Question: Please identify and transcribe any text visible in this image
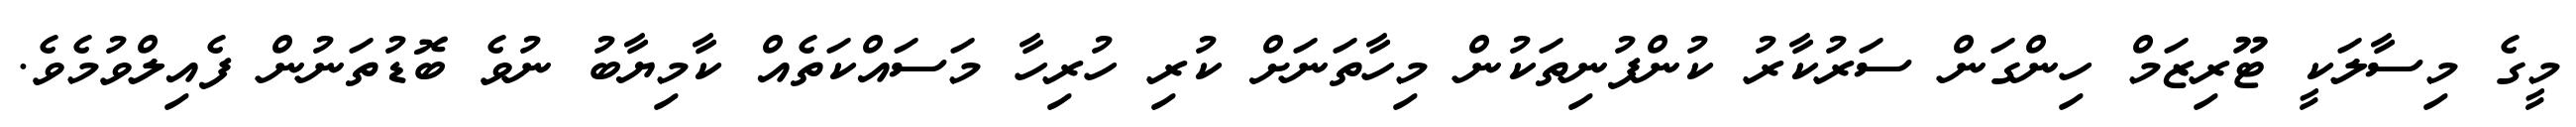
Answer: މީގެ މިސާލަކީ ޓޫރިޒަމް ހިންގަން ސަރުކާރު ކުންފުނިތަކުން މިހާތަނަށް ކުރި ހުރިހާ މަސައްކަތެއް ކާމިޔާބު ނުވެ ބޮޑުތަނުން ފެއިލްވުމެވެ.